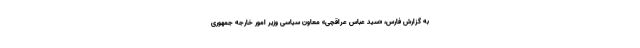
به گزارش فارس، «سید عباس عراقچی» معاون سیاسی وزیر امور خارجه جمهوری